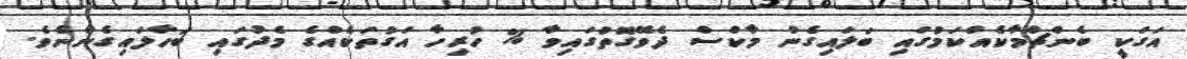
އަގަކީ ބެންޗްމާކެއްކަމުގައި ބަލައިގެން މާކްސް ދެވޭގޮތުގައިވާ % ހުރިހާ އަގުތަކެއްގެ މެދުގައި ބަހާލައިގެންނެވެ.